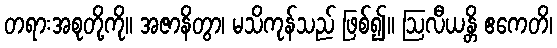
တရားအစုတို့ကို။ အဇာနိတွာ၊ မသိကုန်သည် ဖြစ်၍။ ဩလီယန္တိ ဧကေတိ၊